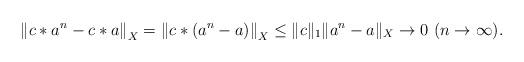
LaTeX: \begin{align*}\left\|c*a^n-c*a\right\|_X=\left\|c*(a^n-a)\right\|_X\le\|c\|_1\|a^n-a\|_X\to 0~(n\to\infty).\end{align*}